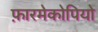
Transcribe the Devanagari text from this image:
फ़ारमेकोपियो